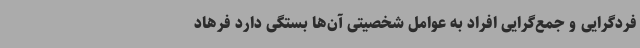
فردگرایی و جمع‌گرایی افراد به عوامل شخصیتی آن‌ها بستگی دارد فرهاد